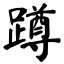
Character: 蹲